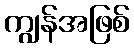
ကျွန်အဖြစ်